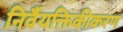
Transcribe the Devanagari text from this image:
निर्वैयक्तिकीकरण